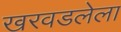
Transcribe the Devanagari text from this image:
खरवडलेला